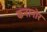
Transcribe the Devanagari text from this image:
कनानोर